Calcutta medical institutions reports 1892-1900
Year: 1892
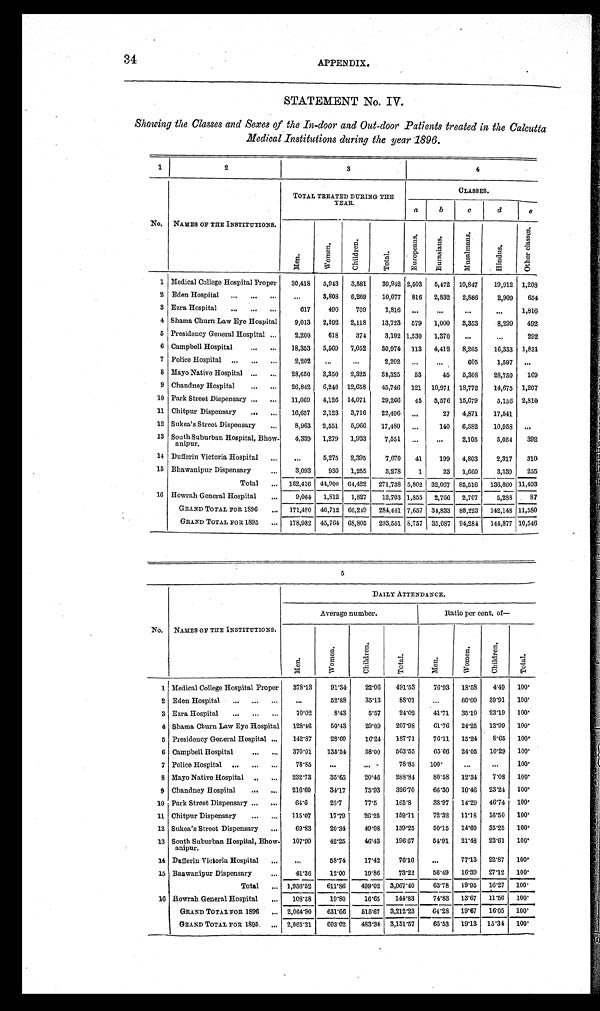
34
APPENDIX.
STATEMENT No. IV.
Showing the Classes and Sexes of the In-door and Out-door Patients treated in the Calcutta
Medical Institutions during the year 1896.
1
2
3
4
No.
NAMES OF THE INSTITUTIONS.
TOTAL TREATED DURING THE
TEAR.
CLASSES.
a
b
c
d
e
M e n .
W o m e n .
C h i l d r e n .
T o t a l .
E u r o p e a n s .
E u r a s i a n s .
M u s a l m a n s .
H i n d u s .
O t h e r c l a s s e s .
1 Medical College Hospital Proper
30,418
5,943
3,581
39,942 2,503
5,472 10,847
19,912 1,208
2 Eden Hospital . . .
. . .
3,808
6,269
10,077
816
2,832
2,866
2,909
654
3 Ezra Hospital . . .
617
490
709
1,816
. . .
. . .
. . .
. . .
1,816
4 Shama Churn Law Eye Hospital
9,013
2,592
2,118
13,723
579
1,000
3,353
8,299
492
5 Presidency General Hospital . . .
2,200
618
374
3,192 1,530
1,370
. . .
. . .
292
6 Campbell Hospital . . .
18,353
5,569
7,052
30,974
113
4,412
8,265
16,353
1,831
7 Police Hospital . . .
2,202
. . .
. . .
2,202
. . .
. . . 605
1,597
. . .
8 Mayo Native Hospital . . .
28,650
3,350
2,325
34,325
53
45
5,308
28,750
169
9 Chandney Hospital . . .
26,842
6,246 12,658
45,746
121
10,971 18,772
14,675
1,207
10 Park Street Dispensary . . .
11,069
4,126 14,071
29,266
4 5
5,576 15,679
5,156 2,810
11 Chitpur Dispensary . . .
16,657
2,123
3,716
22,496
. . .
27
4,871
17,541
12 Sukea's Street Dispensary . . .
8,963
2,551
5,966
17,480
. . .
140
6,382
10,958
. . .
13 South Suburban Hospital, Bhow-
anipur.
4,339
1,279
1,933
7,551
. . .
. . .
2,105
5,054
392
14 Dufferin Victoria Hospital . . .
. . .
5,275
2,395
7,670
41
199
4,803
2,317
310
15 Bhawanipur Dispensary . . .
3,093
930
1,255
5,278
1
23
1,660
3,339
255
Total . . .
162,416 44,900
64,422
271,738 5,802 32,067
85,516
136,860 11,493
16 Howrah General Hospital . . .
9,064
1,812
1,827
12,703 1,855
2,766
2,707
5,288
87
GRAND TOTAL FOR 1896 . . .
171,480 46,712 66,249
284,441 7,657 34,833
88,223
142,148 11,580
GRAND TOTAL FOR 1895 . . .
178,982
45,761 68,805
293,551 8,757
35,087 94,284
144,877 10,546
No.
5
NAMES OF THE INSTITUTIONS.
DAILY ATTENDANCE.
Average number.
Ratio per cent. of
—
Men.
Women.
Chi l dr e n.
Total.
Men.
Women.
Chi l dr en.
Total.
1 Medical College Hospital Proper
378.13
91.34
22.06
491.53
76.93
18.58
4.49
1 0 0°2
Eden Hospital . . .
. . .
52.88
35.13
88.01
. . . 60.09
39.91
1 0 0°3
Ezra Hospital . . .
10.02
8.43
5.57
24.02
41.71
35.10
23.19
1 0 0°4
Shama Churn Law Eye Hospital
128.46
50.43
29.09
207.98
61.76
24.25
13.99
1 0 0°5
Presidency General Hospital . . .
142.87
28.60
16.24
187.71
76.11
15.24
8.65
1 0 0°6
Campbell Hospital . . .
370.01
135.54
58.00
563.55
65.66
24.05
10.29
1 0 0°7
Police Hospital . . .
78.85
. . .
. . .
78.85
100°. . .
. . .
1 0 0°8
Mayo Native Hospital . . .
232.73
35.65
20.46
288.84
8 0 . 5 8 12.34
7.08
1 0 0°9
Chandney Hospital . . .
216.60
34.17
75.93
326.70
66.30
10.46
23.24
1 0 0°1
0 Park Street Dispensary . . .
64.6
23.7
77.5
165.8
38.97
14.29
46.74
1 0 0°1
1 Chitpur Dispensary . . .
115.07
17.79
26.25
159.11
72.32
11.18
16.50
1 0 0°1
2 Sukea's Street Dispensary . . .
69.83
20.34
49.08
139.25
50.15
14.60
35.25
1 0 0°1
3 South Suburban Hospital, Bhow-
anipur.
107.99
42.25
46.43
196.67
54.91
21.48
23.61
1 0 0°1
4 Dufferin Victoria Hospital . . .
. . .
58.74
17.42
76.16
. . .
77.13
22.87
1 0 0°1
5 Bhawanipur Dispensary . . .
41.36
12.00
19.86
73.22
56.49
16.39
27.12
1 0 0°T
otal . . . 1,956.52
611.86
499.02
3,067.40
63.78
19.95
16.27
1 0 0°1
6 Howrah General Hospital . . .
108.38
19.80
16.65
144.8
74.83
13.67
11.50
1 0 0°G
RAND TOTALFOR 1896 . . . 2,064.90
631.66
515.67
3,212.23
64.28
19.67
16.05
1 0 0°G
RAND TOTAL FOR 1895 . . . 2,065.21
603.02
483.34
3,151.57
65.53
19.13
15.34
1 0 0°